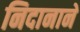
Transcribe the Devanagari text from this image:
निदानाने